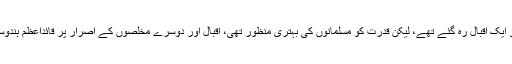
قائد اعظم مایوس ہو کر لندن جا چکے تھے، یہ سب دیکھنے اور کُڑھنے کو ایک اقبال رہ گئے تھے، لیکن قدرت کو مسلمانوں کی بہتری منظور تھی، اقبال اور دوسرے مخلصوں کے اصرار پر قائداعظم ہندوستان واپس آ گئے اور ۴ مارچ ١٩٣۴ء کو مسلم لیگ کے صدر منتخب ہوئے۔